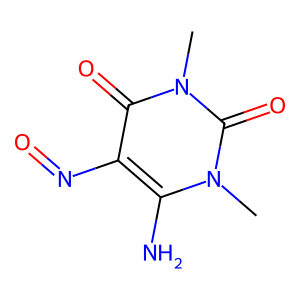
SMILES: Cn1c(N)c(N=O)c(=O)n(C)c1=O
Inhibits HIV replication: No